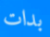
بدات